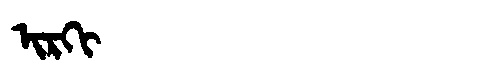
Manchu: ᡳᡵᡴᡳ
Romanization: IRKI